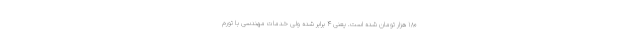
۱۸۰ هزار تومان شده است. یعنی ۴ برابر شده ولی خدمات مهندسی با تورم